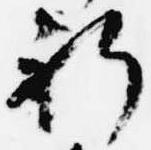
祈